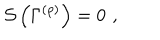
{ \cal S } \left( \Gamma ^ { \left( \rho \right) } \right) = 0 \, \, ,